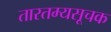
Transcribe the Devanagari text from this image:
तारतम्यसूचक